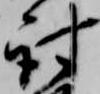
討